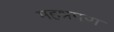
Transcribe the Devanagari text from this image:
महश्रमण